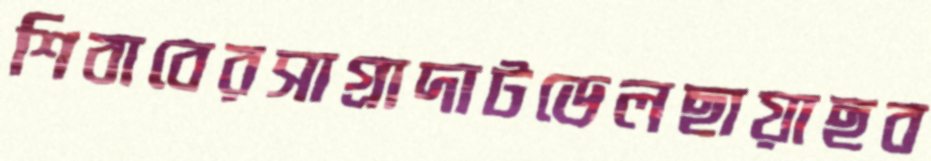
শিবাবেরসাগ্রাদাটডেলছায়াছব